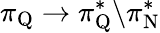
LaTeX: \pi_{\mathrm{Q}}\rightarrow\pi_{\mathrm{Q}}^{*}\backslash\pi_{\mathrm{N}}^{*}